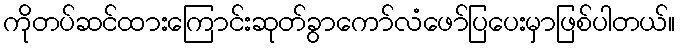
ကိုတပ်ဆင်ထားကြောင်းဆုတ်ခွာကော်လံဖော်ပြပေးမှာဖြစ်ပါတယ်။